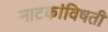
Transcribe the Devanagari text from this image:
नाटकांविषती